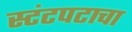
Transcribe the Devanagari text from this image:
स्टंटपटाचा